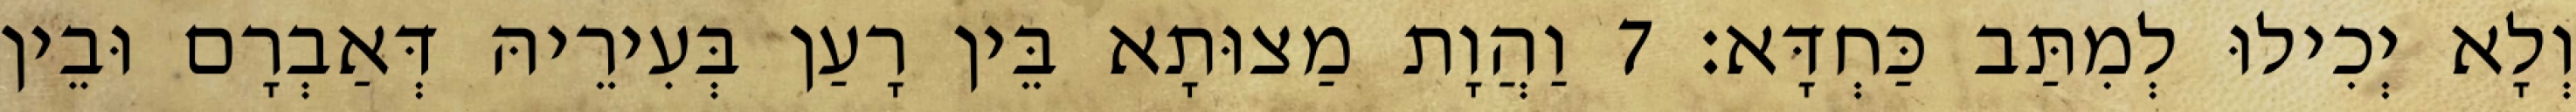
וְלָא יְכִילוּ לְמִתַּב כַּחְדָּא׃ 7 וַהֲוָת מַצוּתָא בֵּין רָעַן בְּעִירֵיהּ דְּאַבְרָם וּבֵין